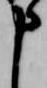
申